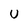
Character: U